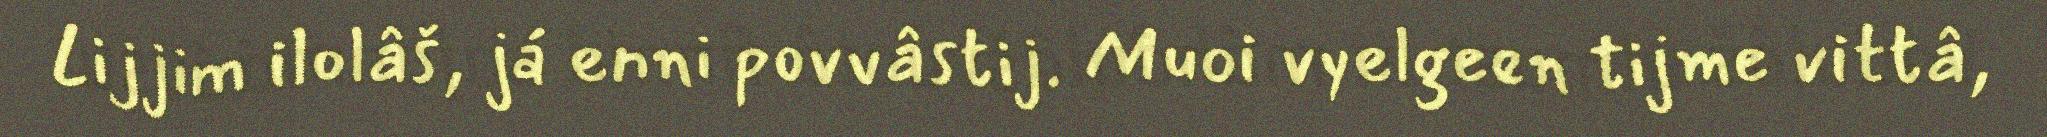
Lijjim ilolâš, já enni povvâstij. Muoi vyelgeen tijme vittâ,